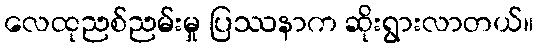
လေထုညစ်ညမ်းမှု ပြဿနာက ဆိုးရွားလာတယ်။